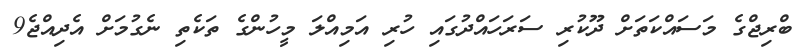
ބްރިޖްގެ މަސައްކަތަށް ދޫކުރި ސަރަހައްދުގައި ހުރި އަމިއްލަ މީހުންގެ ތަކެތި ނެގުމަށް އެދިއްޖެ9